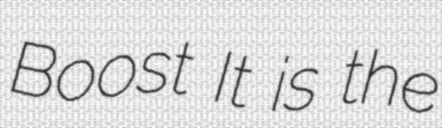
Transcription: Boost It is the